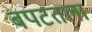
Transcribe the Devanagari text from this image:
बपटतला